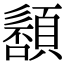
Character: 䫠